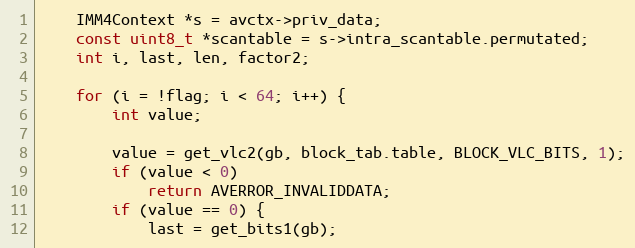
Language: C
    IMM4Context *s = avctx->priv_data;
    const uint8_t *scantable = s->intra_scantable.permutated;
    int i, last, len, factor2;

    for (i = !flag; i < 64; i++) {
        int value;

        value = get_vlc2(gb, block_tab.table, BLOCK_VLC_BITS, 1);
        if (value < 0)
            return AVERROR_INVALIDDATA;
        if (value == 0) {
            last = get_bits1(gb);